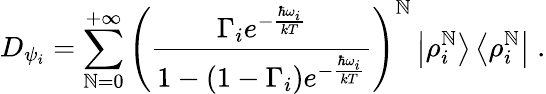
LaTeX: D_{\psi_{i}}=\sum_{\mathbb{N}=0}^{+\infty}{\left(\frac{{\Gamma_{i}e^{-{\frac{{\hbar\omega_{i}}}{{kT}}}}}}{{1-\left(1-\Gamma_{i}\right)e^{-{\frac{{\hbar\omega_{i}}}{{kT}}}}}}\right)}^{\mathbb{N}}\left|\rho_{i}^{\mathbb{N}}\right>\left<\rho_{i}^{\mathbb{N}}\right|\; .